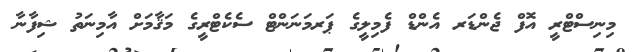
މިނިސްޓްރީ އޮފް ޖެންޑަރ އެންޑް ފެމިލީގެ ޕަރމަނަންޓް ސެކެޓްރީގެ މަޤާމަށް އާމިނަތު ޝިފާނާ